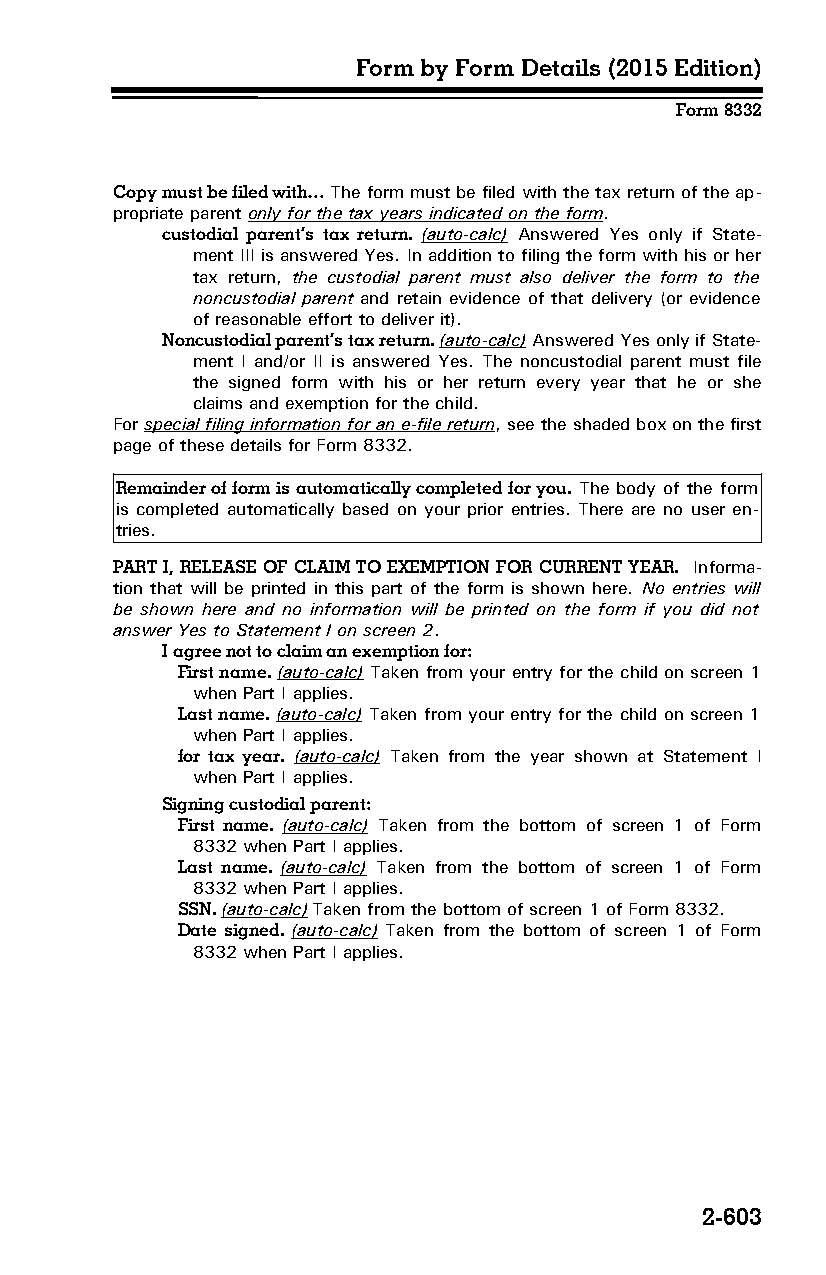
Form by Form Details (2015 Edition)
 Form 8332
 Copy must be filed with… The form must be filed with the tax return of the ap­
 propriate parent only for the tax years indicated on the form.
 custodial parent’s tax return. (auto-calc) Answered Yes only if State­
 ment III is answered Yes. In addition to filing the form with his or her
 tax return, the custodial parent must also deliver the form to the
 noncustodial parent and retain evidence of that delivery (or evidence
 of reasonable effort to deliver it).
 Noncustodial parent’s tax return. (auto-calc) Answered Yes only if State­
 ment I and/or II is answered Yes. The noncustodial parent must file
 the signed form with his or her return every year that he or she
 claims and exemption for the child.
 For special filing information for an e-file return, see the shaded box on the first
 page of these details for Form 8332.
 Remainder of form is automatically completed for you. The body of the form
 is completed automatically based on your prior entries. There are no user en­
 tries.
 PART I, RELEASE OF CLAIM TO EXEMPTION FOR CURRENT YEAR. Informa­
 tion that will be printed in this part of the form is shown here. No entries will
 be shown here and no information will be printed on the form if you did not
 answer Yes to Statement I on screen 2.
 I agree not to claim an exemption for:
 First name. (auto-calc) Taken from your entry for the child on screen 1
 when Part I applies.
 Last name. (auto-calc) Taken from your entry for the child on screen 1
 when Part I applies.
 for tax year. (auto-calc) Taken from the year shown at Statement I
 when Part I applies.
 Signing custodial parent:
 First name. (auto-calc) Taken from the bottom of screen 1 of Form
 8332 when Part I applies.
 Last name. (auto-calc) Taken from the bottom of screen 1 of Form
 8332 when Part I applies.
 SSN. (auto-calc) Taken from the bottom of screen 1 of Form 8332.
 Date signed. (auto-calc) Taken from the bottom of screen 1 of Form
 8332 when Part I applies.
 2-603